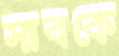
সাবকে